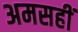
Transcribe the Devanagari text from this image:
अमसहीं